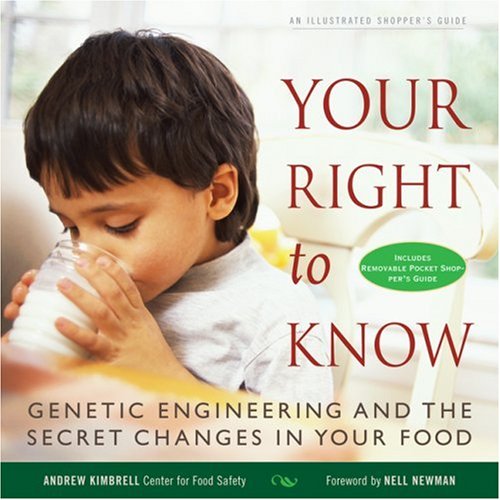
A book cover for Your Right to Know: Genetic Engineering and the Secret Changes in Your Food; Andrew Kimbrell; Health, Fitness & Dieting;